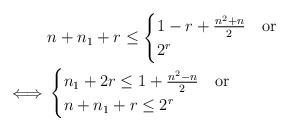
LaTeX: \begin{align*}& n+ n_1+r \leq\begin{cases}1-r+\frac{ n^2+n}{2} & \textrm{or}\\2^r\end{cases}\\ \iff &\begin{cases}n_1 +2 r\leq 1+\frac{ n^2-n}{2} & \textrm{or}\\n+ n_1+r \leq 2^r\end{cases}\end{align*}